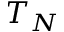
T _ { N }